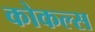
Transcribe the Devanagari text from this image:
कोकल्स